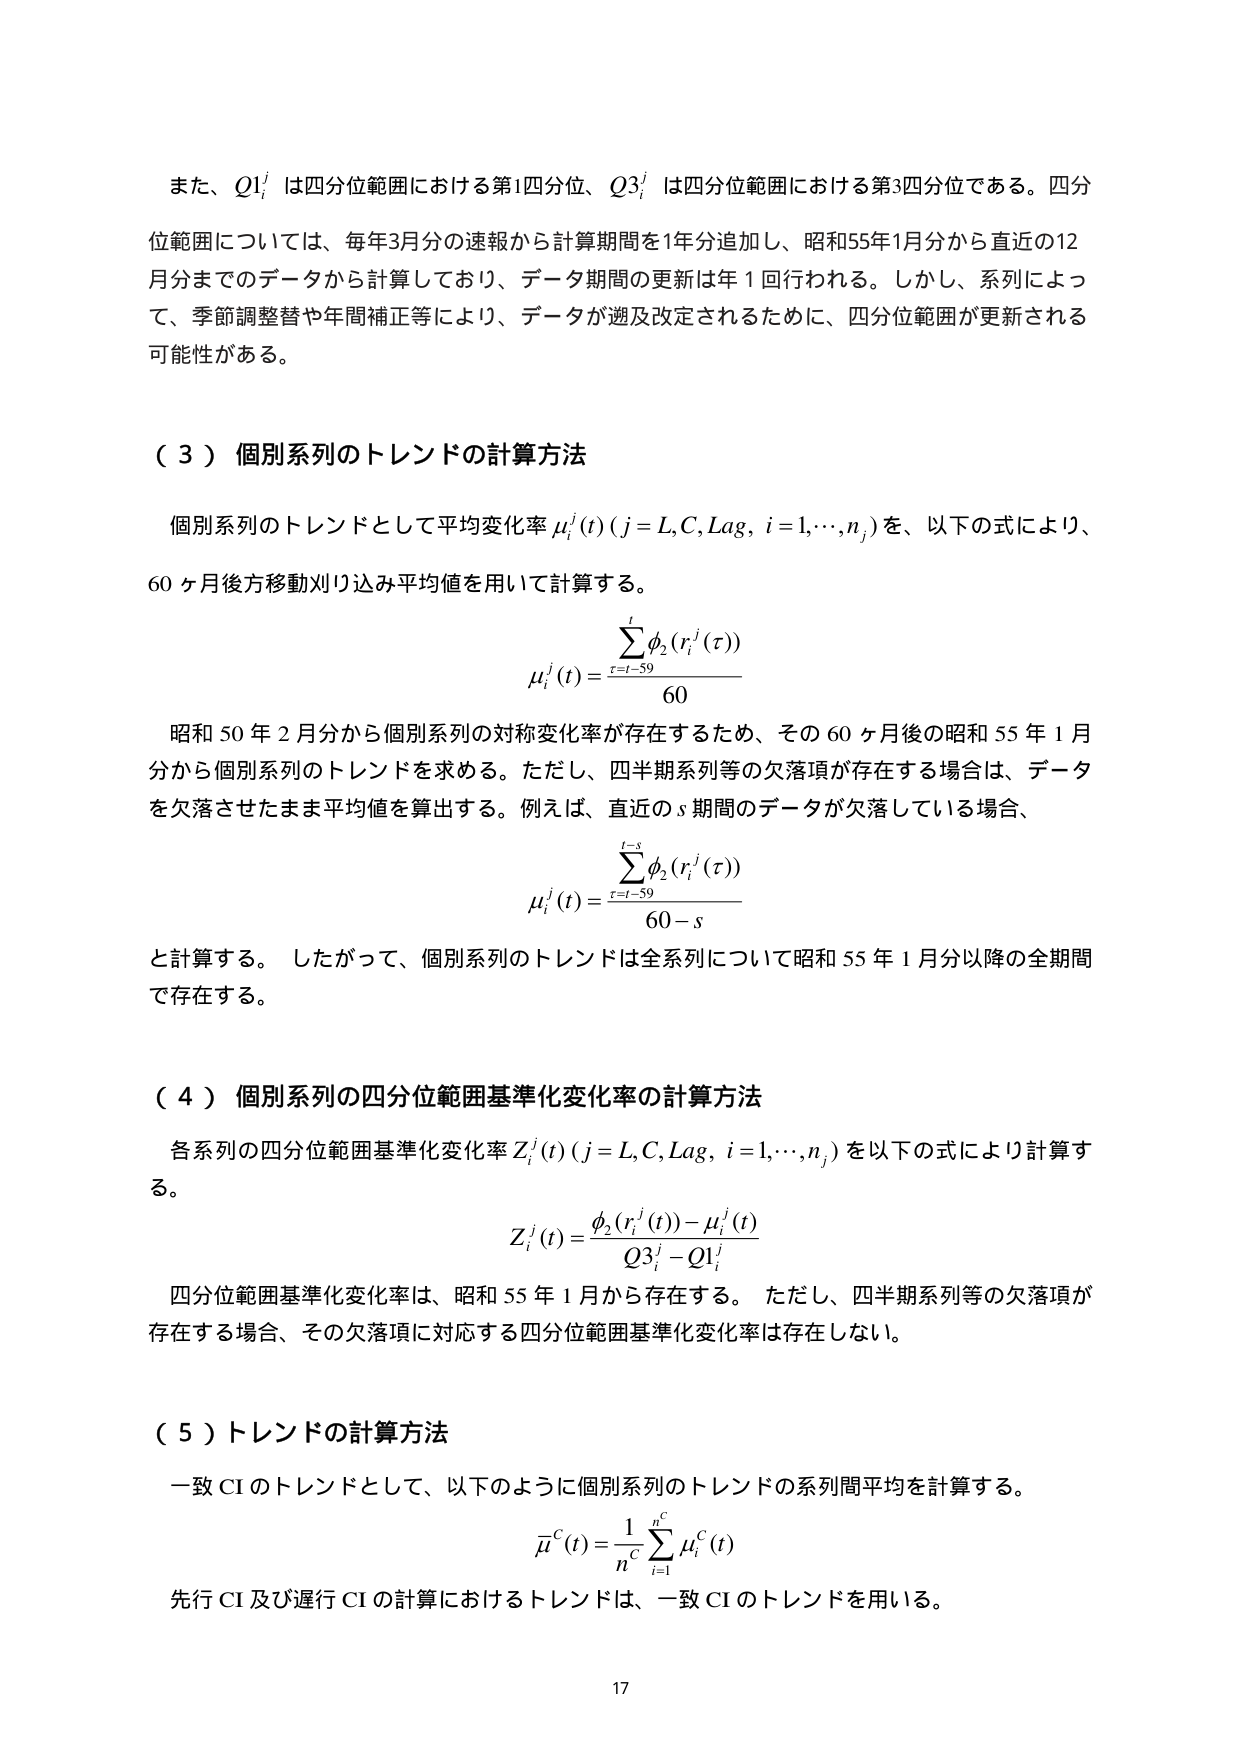
また、$Q1_i^j$ は四分位範囲における第1四分位、$Q3_i^j$ は四分位範囲における第3四分位である。四分位範囲については、毎年3月分の速報から計算期間を1年分追加し、昭和55年1月分から直近の12月分までのデータから計算しており、データ期間の更新は年1回行われる。しかし、系列によって、季節調整替や年間補正等により、データが遡及改定されるために、四分位範囲が更新される可能性がある。

（３）個別系列のトレンドの計算方法

個別系列のトレンドとして平均変化率 $\mu_i^j(t)$ ($j = L, C, Lag$, $i = 1, \cdots, n_j$) を、以下の式により、60ヶ月後方移動刈り込み平均値を用いて計算する。

$$
\mu_i^j(t) = \frac{\sum_{\tau=t-59}^{t} \phi_2(r_i^j(\tau))}{60}
$$

昭和50年2月分から個別系列の対称変化率が存在するため、その60ヶ月後の昭和55年1月分から個別系列のトレンドを求める。ただし、四半期系列等の欠落項が存在する場合は、データを欠落させたまま平均値を算出する。例えば、直近の$s$期間のデータが欠落している場合、

$$
\mu_i^j(t) = \frac{\sum_{\tau=t-59}^{t-s} \phi_2(r_i^j(\tau))}{60 - s}
$$

と計算する。したがって、個別系列のトレンドは全系列について昭和55年1月分以降の全期間で存在する。

（４）個別系列の四分位範囲基準化変化率の計算方法

各系列の四分位範囲基準化変化率 $Z_i^j(t)$ ($j = L, C, Lag$, $i = 1, \cdots, n_j$) を以下の式により計算する。

$$
Z_i^j(t) = \frac{\phi_2(r_i^j(t)) - \mu_i^j(t)}{Q3_i^j - Q1_i^j}
$$

四分位範囲基準化変化率は、昭和55年1月から存在する。ただし、四半期系列等の欠落項が存在する場合、その欠落項に対応する四分位範囲基準化変化率は存在しない。

（５）トレンドの計算方法

一致CIのトレンドとして、以下のように個別系列のトレンドの系列間平均を計算する。

$$
\bar{\mu}^C(t) = \frac{1}{n^C} \sum_{i=1}^{n^C} \mu_i^C(t)
$$

先行CI及び遅行CIの計算におけるトレンドは、一致CIのトレンドを用いる。

17